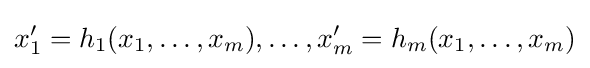
x'_{1}=h_{1}(x_{1},\ldots ,x_{m}),\ldots ,x'_{m}=h_{m}(x_{1},\ldots ,x_{m})